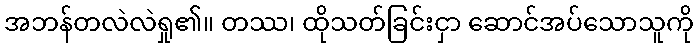
အဘန်တလဲလဲရှု၏။ တဿ၊ ထိုသတ်ခြင်းငှာ ဆောင်အပ်သောသူကို